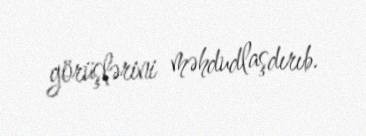
görüşlərini məhdudlaşdırıb.